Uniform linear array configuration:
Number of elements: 48
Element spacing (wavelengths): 0.75
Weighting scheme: kaiser
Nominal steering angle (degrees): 0
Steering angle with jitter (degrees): -0.07295
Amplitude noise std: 0.05
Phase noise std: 0.05

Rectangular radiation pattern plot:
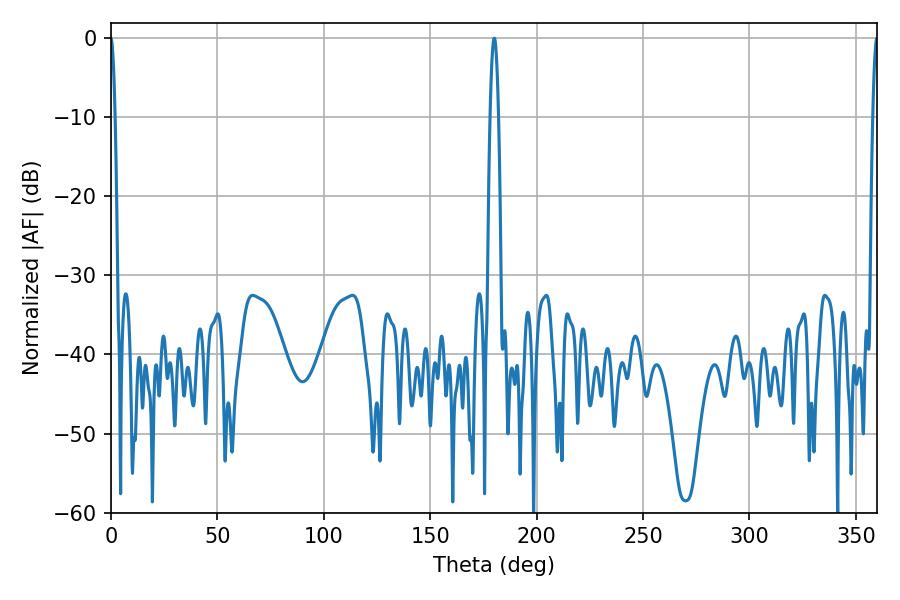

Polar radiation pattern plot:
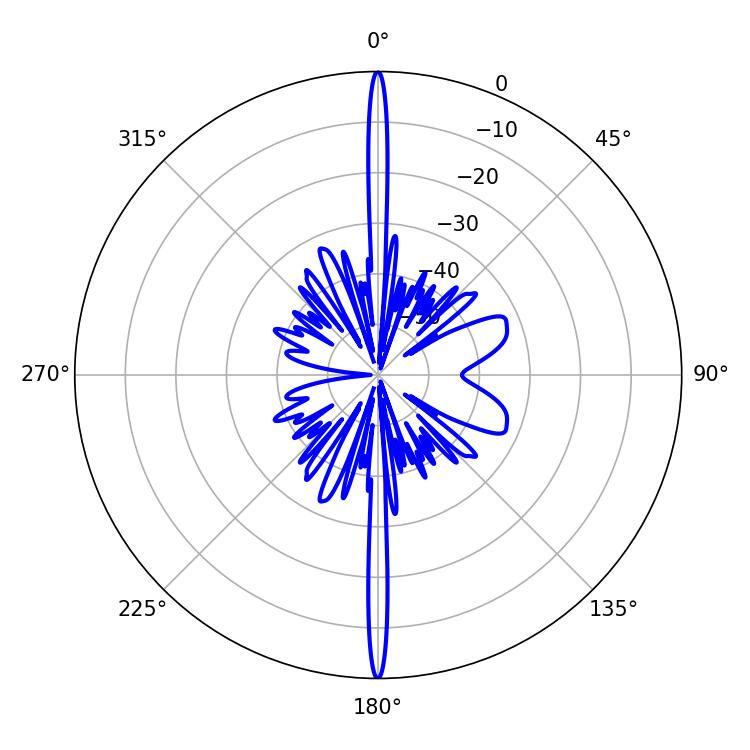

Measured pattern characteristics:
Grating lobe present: TRUE
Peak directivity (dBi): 44.26
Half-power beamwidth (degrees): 1.08
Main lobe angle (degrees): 360